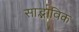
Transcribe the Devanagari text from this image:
साद्भाविक